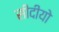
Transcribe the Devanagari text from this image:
सीदीयो